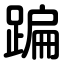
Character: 蹁